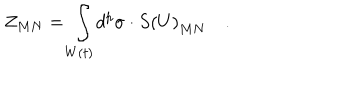
Z _ { M N } = \int _ { W \left( t \right) } d ^ { p } \sigma \cdot S \left( U \right) _ { M N } \quad .